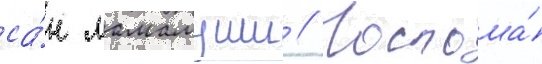
са́н мамамуши // Госпожа́